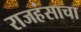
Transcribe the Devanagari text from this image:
राजहंसाचा